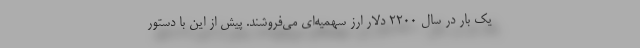
یک بار در سال 2200 دلار ارز سهمیه‌ای می‌فروشند. پیش از این با دستور